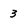
Character: 3